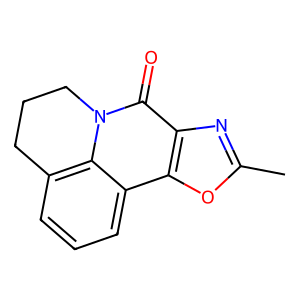
SMILES: Cc1nc2c(=O)n3c4c(cccc4c2o1)CCC3
Inhibits HIV replication: No